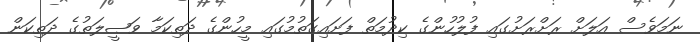
ނަމަވެސް އަލަށް ރަށްރަށުގައި ފުލުހުންގެ ކިދުމަތް ފަށައިގަތުމުގައި މީހުންގެ ދަތިކަމާ ވަޞީލަތުގެ ދަތިކަން